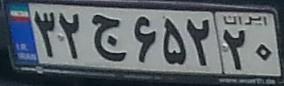
۳۲ج۶۵۲۲۰